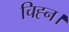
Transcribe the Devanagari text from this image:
चिह्न।